Annual administration report of the Civil Veterinary Department of India - 1906-1907
Year: 1906
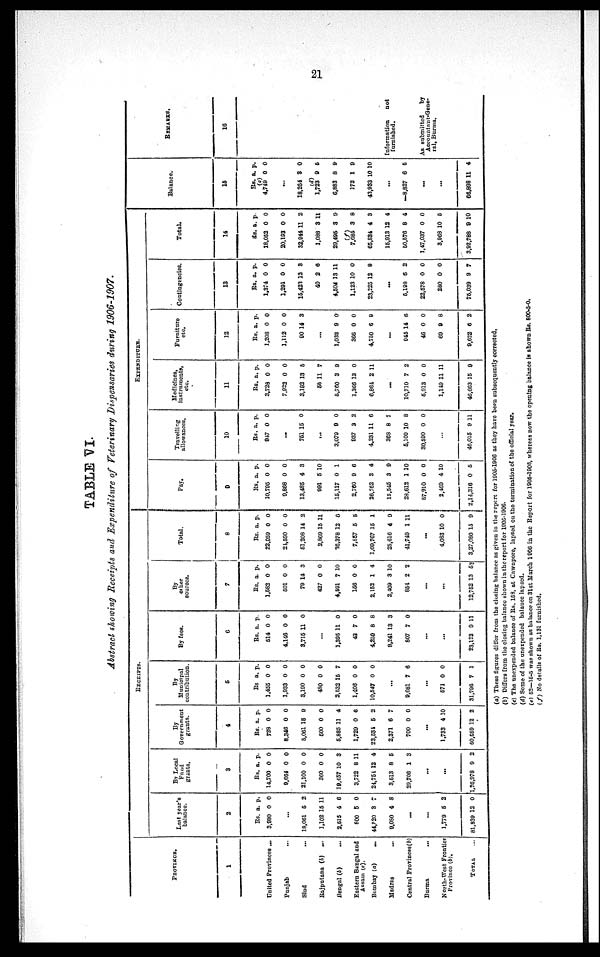
21
TABLE VI.
Abstract showing Receipts and Expenditure of Veterinary Dispensaries during 1906-1907.
PROVINCE.
1
United Provinces ...
Punjab
...
Sind ...
Rajputana (b)
...
Bengal (b) ...
Eastern Bengal and
Assam (e).
Bombay (a)
...
Madras ...
Central Provinces(b)
Burma
...
North-West Frontier
Province (b).
TOTAL ...
RECEIPTS.
Last year's
balance.
2
Rs.
3,080
...
18,061
1,102
2,515
800
44,520
9,080
...
...
1,779
81,939
a.
0
5
15
4
5
3
4
5
12
p.
0
2
11
6
0
7
8
2
0
By Local
Fund
grants.
3
Rs.
14,700
9,664
21,100
360
19,457
3,722
24,754
3,513
29,706
...
...
1,26,978
a.
0
0
0
0
10
8
12
8
1
9
p.
0
0
0
0
3
11
4
5
3
2
By
Government
grants.
4
Rs.
728
8,346
5,061
500
5,885
1,729
23,534
2,371
700
...
1,733
50,589
a.
0
0
15
0
11
0
5
6
0
4
12
p.
0
0
9
0
4
6
2
7
0
10
2
By
Municipal
contribution.
5
Rs
1,455
1,933
3,190
480
2,532
1,406
10,547
...
9,681
...
571
31,796
a.
0
0
0
0
15
0
0
7
0
7
p.
0
0
0
0
7
0
0
6
0
1
By fees.
6
Rs.
514
4,146
8,715
...
1,395
43
4,259
8,241
807
...
...
23,123
a.
0
0
11
11
7
8
13
7
9
p.
0
0
0
0
0
8
3
0
11
By
other
sources.
7
Rs.
1,582
501
79
427
4,591
156
2,152
2,409
854
...
...
12,752
a.
0
0
14
0
7
0
1
3
2
13
p.
0
0
3
0
10
0
4
10
2
58
Total.
8
Rs.
22,959
24,590
51,208
2,869
36,378
7,657
1,09,767
25,616
41,749
...
4,083
3,27,080
a.
0
0
14
15
12
5
15
4
1
10
15
p.
0
0
2
11
6
5
1
9
11
0
9
EXPENDITURE.
Pay.
0
Rs.
10,795
9,868
13,485
991
15,117
2,760
26,762
15,545
28,612
87,910
2,469
2,14,316
a.
0
0
4
5
0
9
2
3
1
0
4
0
p.
0
0
3
10
1
6
4
9
10
0
10
5
Travelling
allowances.
10
Rs.
947
...
751
...
3,079
937
4,231
368
5,109
30,590
...
46,015
a.
0
15
9
3
11
8
10
0
9
p.
0
0
0
2
6
7
8
0
11
Medicines,
instruments,
etc.
11
Rs.
3,729
7,922
3,192
56
5,760
1,366
6,864
...
10,710
5,913
1,149
46,663
a.
0
0
13
11
3
13
2
7
0
11
15
p.
0
0
5
7
9
0
11
2
0
11
9
Furniture
etc.
12
Rs.
1,208
1,112
90
...
1,033
366
4,750
...
945
46
69
9,622
a.
0
0
14
9
0
6
14
0
9
6
p.
0
0
3
0
0
9
6
0
8
2
Contingencies.
13
Rs.
1,374
1,291
15,423
40
4,504
1,123
23,225
...
5,198
22,578
280
75,039
a.
0
0
12
2
13
10
12
6
0
0
9
p.
0
0
3
6
11
0
9
2
0
0
7
Total.
14
Rs.
18,052
20,193
32,944
1,088
29,495
(f)
7,685
65,834
15,913
50,576
1,47,037
3,968
3,92,788
a.
0
0
11
3
3
3
4
12
8
0
10
9
p.
0
0
2
11
9
8
3
4
4
0
5
10
Balance.
15
Rs.
4,749
...
18,264
(d)
1,723
6,883
172
43,933
...
—8,827
...
...
66,898
a.
0
3
9
8
1
10
6
11
p.
0
0
5
9
9
10
5
4
REMARKS.
16
Information
not
furnished.
As submitted
by
Accountant-Gene-
ral, Burma.
(a) These figures differ from the closing balance as given in the report for 1905-1906 as they have been subsequently corrected,
(b) Differs from the closing balance shown in the report for 1905-1906.
(c) The unexpended balance of Rs. 158, at Cawnpore, lapsed on the termination of the official year.
(d) Some of the unexpended balance lapsed.
(e) 52—15-5 was shown as balance on 31st March 1906 in the Report for 1905-1906, whereas now the opening balance is shown Rs. 800-5-0.
(f) No details of Rs. 1,131 furnished.